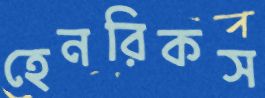
হেনরিকস